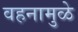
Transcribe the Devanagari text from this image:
वहनामुळे